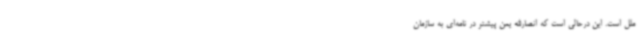
ملل است. این درحالی است که انصارالله یمن پیشتر در نامه‌ای به سازمان